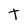
Character: t